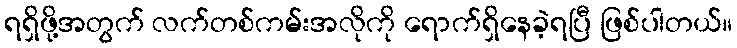
ရရှိဖို့အတွက် လက်တစ်ကမ်းအလိုကို ရောက်ရှိနေခဲ့ရပြီ ဖြစ်ပါတယ်။